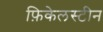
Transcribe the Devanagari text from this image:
फ़िकेलस्टीन